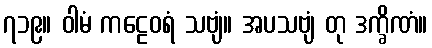
၇၁၉။ ဝါမံ ကဠေဝရံ သဗျံ။ အပသဗျံ တု ဒက္ခိဏံ။